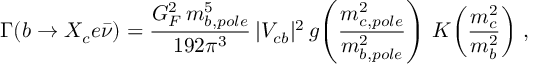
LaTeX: \Gamma ( b \to X _ { c } e \bar { \nu } ) = \frac { G _ { F } ^ { 2 } \, m _ { b , p o l e } ^ { 5 } } { 1 9 2 \pi ^ { 3 } } \, | V _ { c b } | ^ { 2 } \, g \! \left( \frac { m _ { c , p o l e } ^ { 2 } } { m _ { b , p o l e } ^ { 2 } } \right) \, K \! \left( \frac { m _ { c } ^ { 2 } } { m _ { b } ^ { 2 } } \right) \, ,